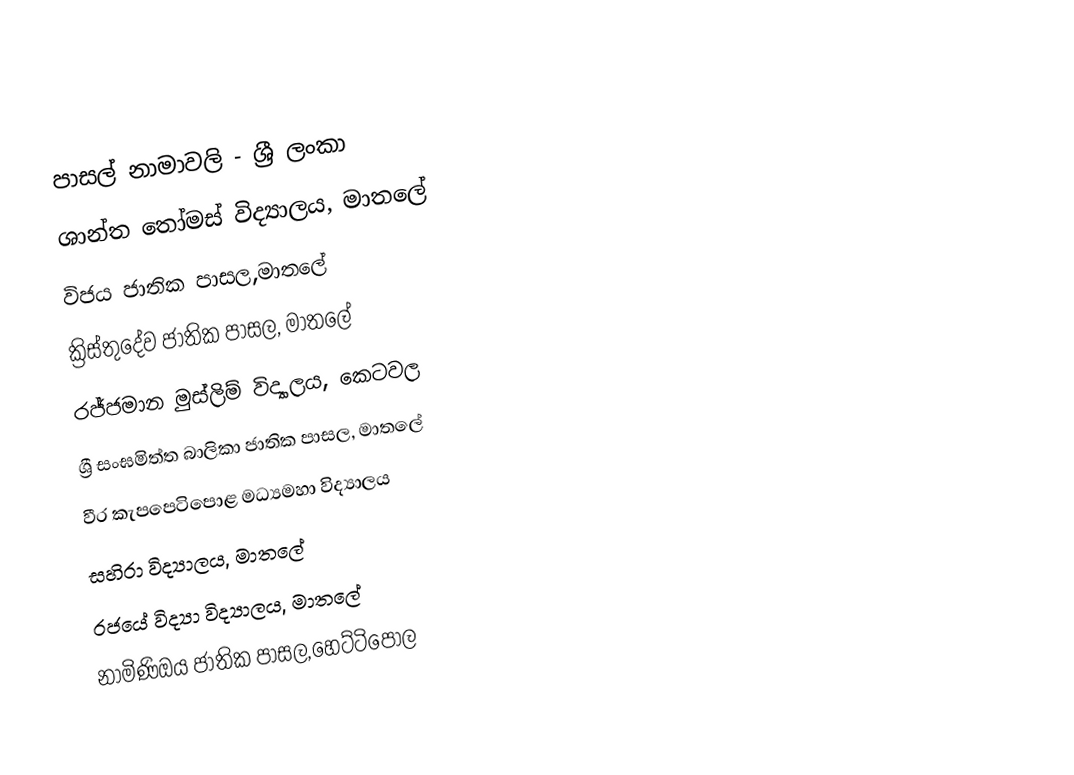
පාසල් නාමාවලි - ශ්‍රී ලංකා
 ශාන්ත තෝමස් විද්‍යාලය, මාතලේ
 විජය ජාතික පාසල,මාතලේ
 ක්‍රිස්තුදේව ජාතික පාසල, මාතලේ
 රජ්ජමාන මුස්ලිම් විද්‍යාලය, කෙටවල
 ශ්‍රී සංඝමිත්ත බාලිකා ජාතික පාසල, මාතලේ
 වීර කැපපෙටිපොළ මධ්‍යමහා  විද්‍යාලය
 සහිරා විද්‍යාලය, මාතලේ
 රජයේ විද්‍යා විද්‍යාලය, මාතලේ
 නාමිණිඔය ජාතික පාසල,හෙට්ටිපොල